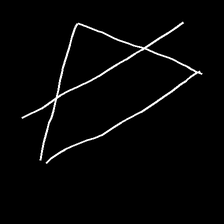
Glyph: empower